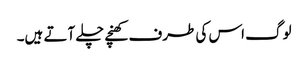
لوگ اس کی طرف کھنچے چلے آتے ہیں۔